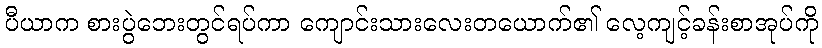
ပီယာက စားပွဲဘေးတွင်ရပ်ကာ ကျောင်းသားလေးတယောက်၏ လေ့ကျင့်ခန်းစာအုပ်ကို